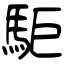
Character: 駏